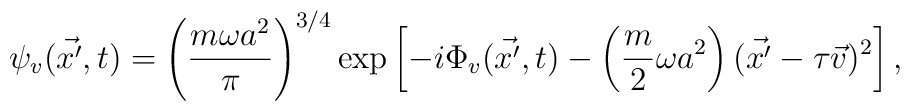
\psi_v ( \vec {x'}, t) = \left( \frac{m \omega a^2}{\pi} \right)^{3/4}   \exp \left[ - i \Phi_v ( \vec {x'}, t )               - \left( \frac{m}{2} \omega a^2 \right)                 ( \vec {x'} - \tau \vec v )^2 \right],